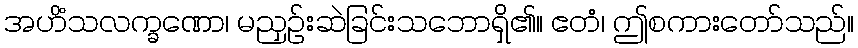
အဟိံသလက္ခဏော၊ မညှဉ်းဆဲခြင်းသဘောရှိ၏။ ဧတံ၊ ဤစကားတော်သည်။